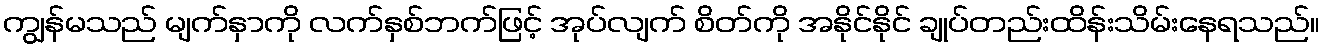
ကျွန်မသည် မျက်နှာကို လက်နှစ်ဘက်ဖြင့် အုပ်လျက် စိတ်ကို အနိုင်နိုင် ချုပ်တည်းထိန်းသိမ်းနေရသည်။